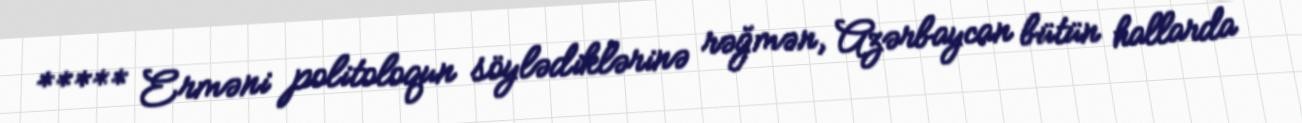
***** Erməni politoloqun söylədiklərinə rəğmən, Azərbaycan bütün hallarda